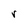
Character: r